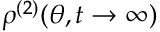
\rho ^ { ( 2 ) } ( \theta , t \to \infty )